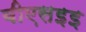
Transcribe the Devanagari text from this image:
बीएसइइ